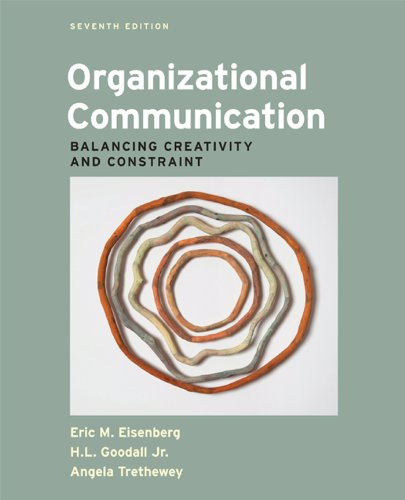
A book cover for Organizational Communication: Balancing Creativity and Constraint; Eric M. Eisenberg; Reference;